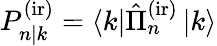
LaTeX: P_{n|k}^{\mathrm{(ir)}}=\left\langle k\right|\hat{\Pi}_{n}^{\mathrm{(ir)}}\left|k\right\rangle